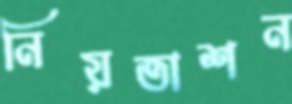
নিয়তাশন